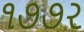
૧૭૭ર